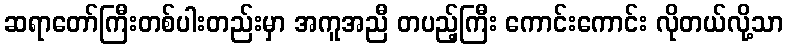
ဆရာတော်ကြီးတစ်ပါးတည်းမှာ အကူအညီ တပည့်ကြီး ကောင်းကောင်း လိုတယ်လို့သာ